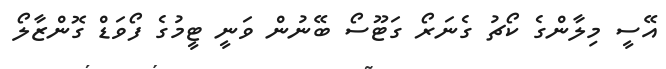
އޭސީ މިލާންގެ ކޯޗު ގެނަރޯ ގަޓޫސޯ ބޭނުން ވަނީ ޓީމުގެ ފޯވަޑް ގޮންޒާލޯ